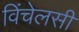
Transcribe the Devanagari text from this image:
विंचेलसी